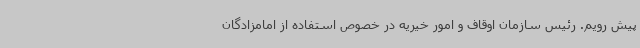
پیش رویم. رئیس سازمان اوقاف و امور خیریه در خصوص استفاده از امامزادگان